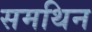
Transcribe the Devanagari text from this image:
समथिन